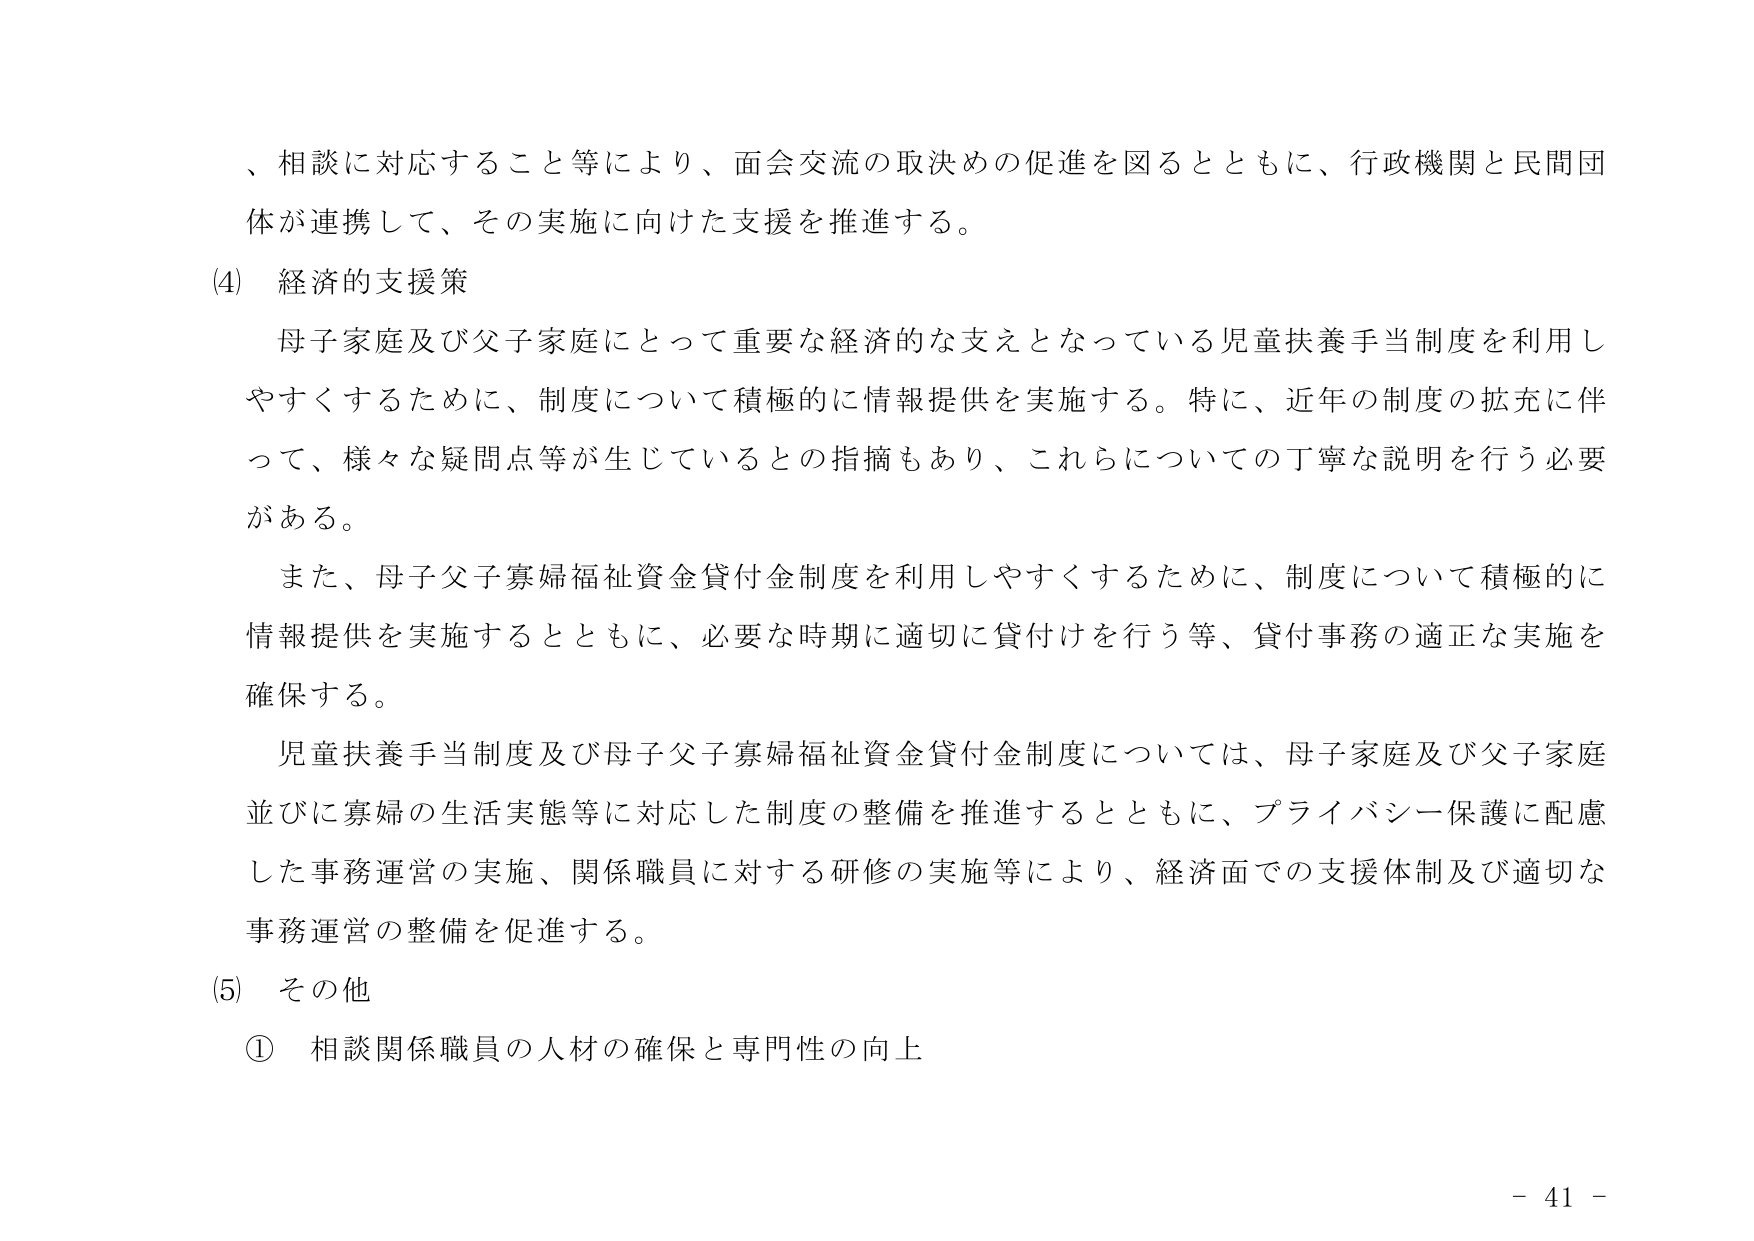
、相談に対応すること等により、面会交流の取決めの促進を図るとともに、行政機関と民間団体が連携して、その実施に向けた支援を推進する。

(4) 経済的支援策

母子家庭及び父子家庭にとって重要な経済的な支えとなっている児童扶養手当制度を利用しやすくするために、制度について積極的に情報提供を実施する。特に、近年の制度の拡充に伴って、様々な疑問点等が生じているとの指摘もあり、これらについての丁寧な説明を行う必要がある。

また、母子父子寡婦福祉資金貸付金制度を利用しやすくするために、制度について積極的に情報提供を実施するとともに、必要な時期に適切に貸付けを行う等、貸付事務の適正な実施を確保する。

児童扶養手当制度及び母子父子寡婦福祉資金貸付金制度については、母子家庭及び父子家庭並びに寡婦の生活実態等に対応した制度の整備を推進するとともに、プライバシー保護に配慮した事務運営の実施、関係職員に対する研修の実施等により、経済面での支援体制及び適切な事務運営の整備を促進する。

(5) その他

① 相談関係職員の人材の確保と専門性の向上

- 41 -